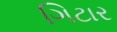
ગિટાર